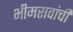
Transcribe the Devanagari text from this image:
भीमरावांची